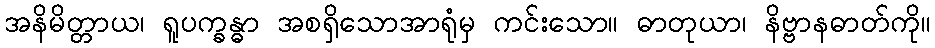
အနိမိတ္တာယ၊ ရူပက္ခန္ဓာ အစရှိသောအာရုံမှ ကင်းသော။ ဓာတုယာ၊ နိဗ္ဗာနဓာတ်ကို။